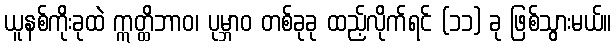
ယူနစ်ကိုးခုထဲ ဣတ္ထိဘာဝ၊ ပုမ္ဘာဝ တစ်ခုခု ထည့်လိုက်ရင် (၁၁) ခု ဖြစ်သွားမယ်။